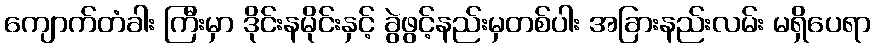
ကျောက်တံခါး ကြီးမှာ ဒိုင်းနမိုင်းနှင့် ခွဲဖွင့်နည်းမှတစ်ပါး အခြားနည်းလမ်း မရှိပေရာ